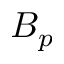
B _ { p }